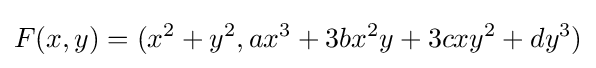
F(x,y)=(x^{2}+y^{2},ax^{3}+3bx^{2}y+3cxy^{2}+dy^{3})